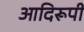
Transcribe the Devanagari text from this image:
आदिरूपी